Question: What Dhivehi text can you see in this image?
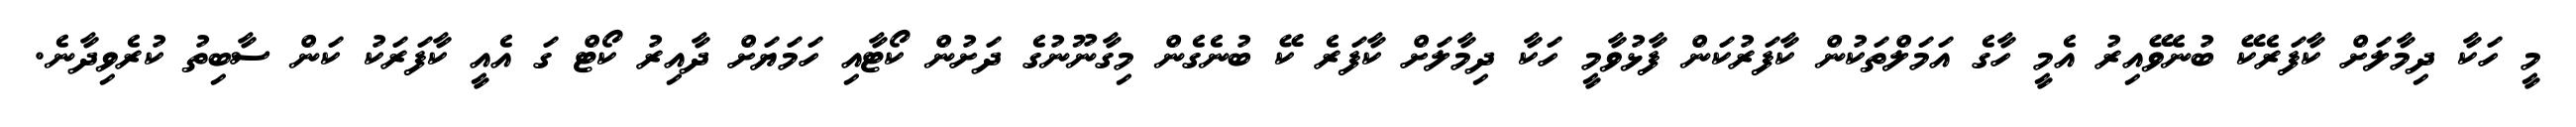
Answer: މީ ހަކާ ދިމާލަށް ކާފަރެކޭ ބުނެވޭއިރު އެމީ ހާގެ އަމަލްތަކުން ކާފަރުކަން ފާޅުވާމީ ހަކާ ދިމާލަށް ކާފަރެ ކޭ ބުނެގެން މިގާނޫނުގެ ދަށުން ކޯޓާއި ހަމަޔަށް ދާއިރު ކޯޓް ގަ އެއީ ކާފަރަކު ކަން ސާބިތު ކުރެވިދާނެ.